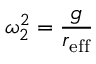
\omega _ { 2 } ^ { 2 } = \frac { g } { r _ { \mathrm { e f f } } }